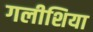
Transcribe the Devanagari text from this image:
गलीशिया